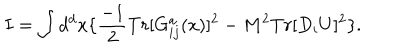
LaTeX: I = \int d ^ { d } x \{ \frac { - 1 } { 2 } T r [ G _ { i j } ^ { a } ( x ) ] ^ { 2 } - M ^ { 2 } T r [ D _ { i } U ] ^ { 2 } \} .